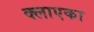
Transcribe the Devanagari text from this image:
क्लाएका